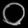
Digit: ၀